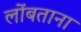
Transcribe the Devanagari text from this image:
लोंबताना